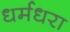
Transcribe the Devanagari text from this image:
धर्मधरा